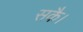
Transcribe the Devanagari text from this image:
सकै।